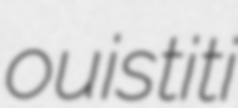
ouistiti